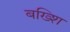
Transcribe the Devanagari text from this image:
बख्शि